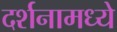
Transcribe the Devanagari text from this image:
दर्शनामध्ये